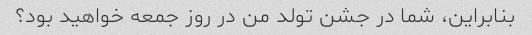
بنابراین، شما در جشن تولد من در روز جمعه خواهید بود؟